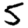
Digit: 5